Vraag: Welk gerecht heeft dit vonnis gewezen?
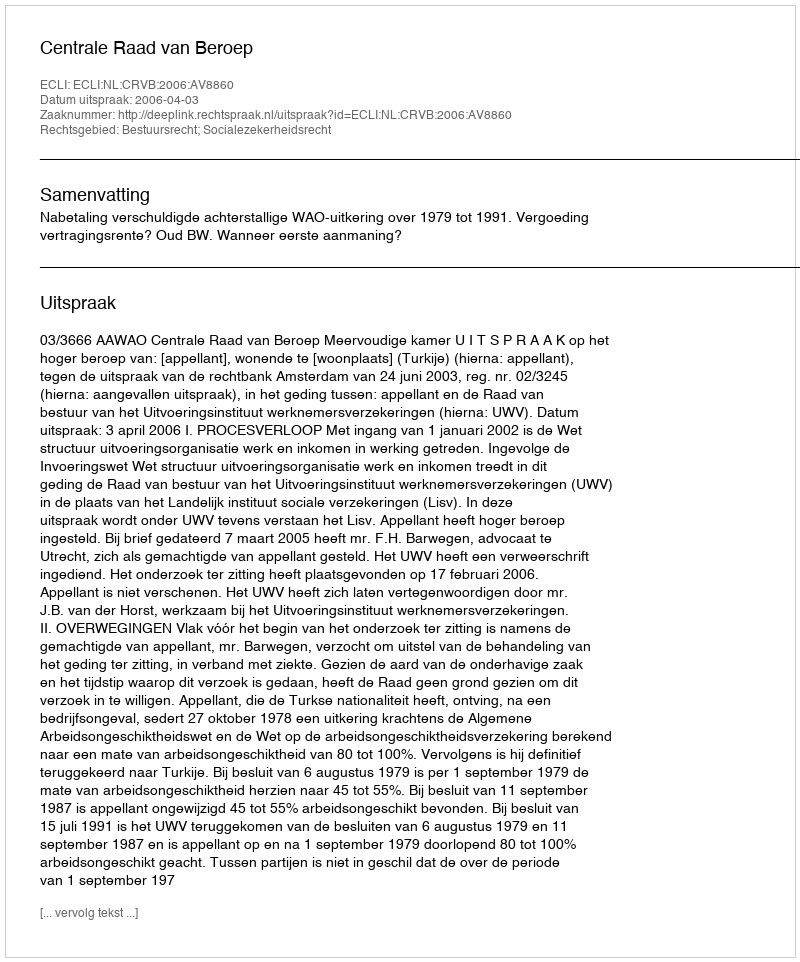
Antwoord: Centrale Raad van Beroep